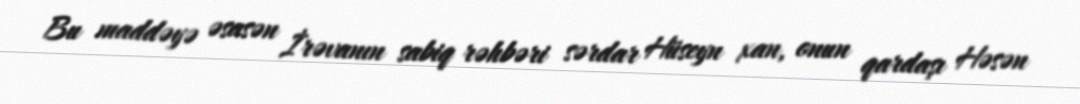
Bu maddəyə əsasən İrəvanın sabiq rəhbəri sərdar Hüseyn xan, onun qardaşı Həsən